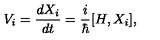
V _ { i } = \frac { d X _ { i } } { d t } = \frac { i } { \hbar } { [ } H , X _ { i } { ] } ,